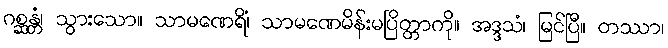
ဂစ္ဆန္တံ၊ သွားသော။ သာမဏေရိံ၊ သာမဏေမိန်းမပြိတ္တာကို။ အဒ္ဒသံ၊ မြင်ပြီ။ တဿာ၊